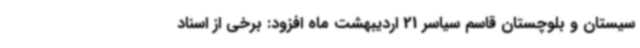
سیستان و بلوچستان قاسم سیاسر 21 اردیبهشت ماه افزود: برخی از اسناد